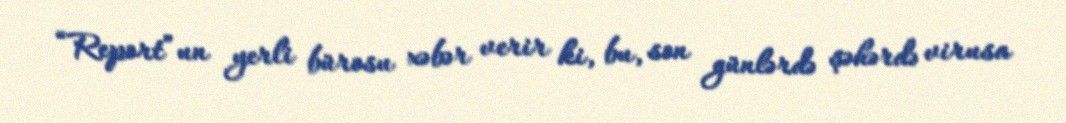
“Report”un yerli bürosu xəbər verir ki, bu, son günlərdə şəhərdə virusa